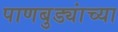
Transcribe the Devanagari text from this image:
पाणबुड्यांच्या